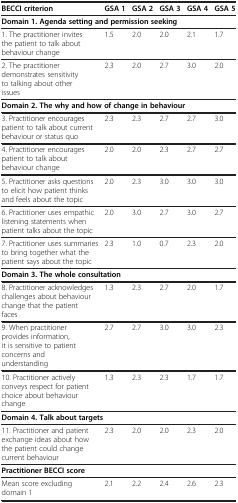
| BECCI criterion | GSA 1 | GSA 2 | GSA 3 | GSA 4 | GSA 5 |
 | --- | --- | --- | --- | --- | --- |
 | <COLSPAN=6> Domain 1. Agenda setting and permission seeking |
 | 1. The practitioner invites the patient to talk about behaviour change | 1.5 | 2.0 | 2.0 | 2.1 | 1.7 |
 | 2. The practitioner demonstrates sensitivity to talking about other issues | 2.3 | 2.0 | 2.7 | 3.0 | 2.0 |
 | <COLSPAN=6> Domain 2. The why and how of change in behaviour |
 | 3. Practitioner encourages patient to talk about current behaviour or status quo | 2.3 | 2.3 | 2.7 | 2.7 | 3.0 |
 | 4. Practitioner encourages patient to talk about behaviour change | 2.0 | 2.0 | 2.3 | 2.7 | 2.7 |
 | 5. Practitioner asks questions to elicit how patient thinks and feels about the topic | 2.0 | 2.3 | 3.0 | 3.0 | 3.0 |
 | 6. Practitioner uses empathic listening statements when patient talks about the topic | 2.0 | 3.0 | 2.7 | 3.0 | 2.7 |
 | 7. Practitioner uses summaries to bring together what the patient says about the topic | 2.3 | 1.0 | 0.7 | 2.3 | 2.0 |
 | <COLSPAN=6> Domain 3. The whole consultation |
 | 8. Practitioner acknowledges challenges about behaviour change that the patient faces | 1.3 | 2.3 | 2.7 | 2.0 | 1.7 |
 | 9. When practitioner provides information, it is sensitive to patient concerns and understanding | 2.7 | 2.7 | 3.0 | 3.0 | 2.3 |
 | 10. Practitioner actively conveys respect for patient choice about behaviour change | 1.3 | 2.3 | 2.3 | 1.7 | 1.7 |
 | <COLSPAN=6> Domain 4. Talk about targets |
 | 11. Practitioner and patient exchange ideas about how the patient could change current behaviour | 2.3 | 2.0 | 2.0 | 2.3 | 2.0 |
 | <COLSPAN=6> Practitioner BECCI score |
 | Mean score excluding domain 1 | 2.1 | 2.2 | 2.4 | 2.6 | 2.3 |